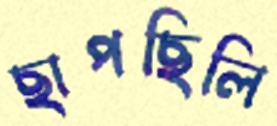
ছাপছিলি